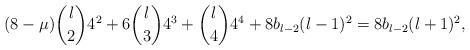
LaTeX: \begin{align*} (8-\mu){l \choose 2}4^{2}+6{l \choose 3}4^{3}+{l\choose 4}4^{4}+8b_{l-2}(l-1)^{2}=8b_{l-2}(l+1)^{2}, \end{align*}